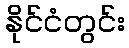
နိုင်ငံတွင်း